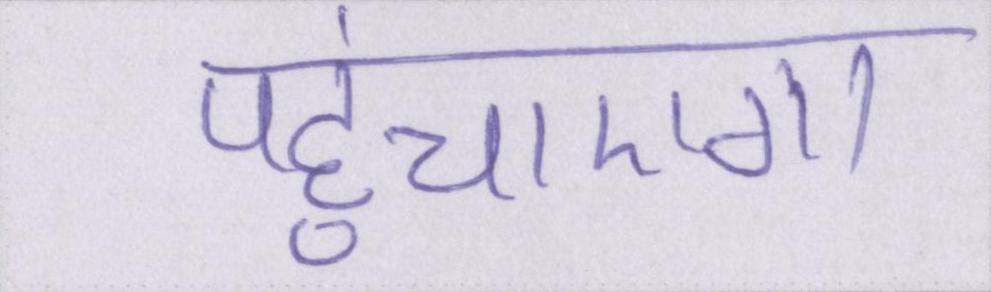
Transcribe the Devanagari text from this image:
पहुंचाएगा